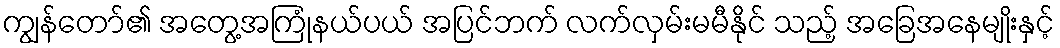
ကျွန်တော်၏ အတွေ့အကြုံနယ်ပယ် အပြင်ဘက် လက်လှမ်းမမီနိုင် သည့် အခြေအနေမျိုးနှင့်